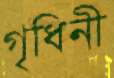
গৃধিনী